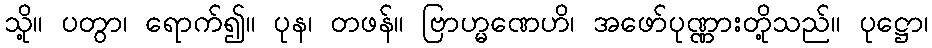
သို့။ ပတွာ၊ ရောက်၍။ ပုန၊ တဖန်။ ဗြာဟ္မဏေဟိ၊ အဖော်ပုဏ္ဏားတို့သည်။ ပုဋ္ဌော၊